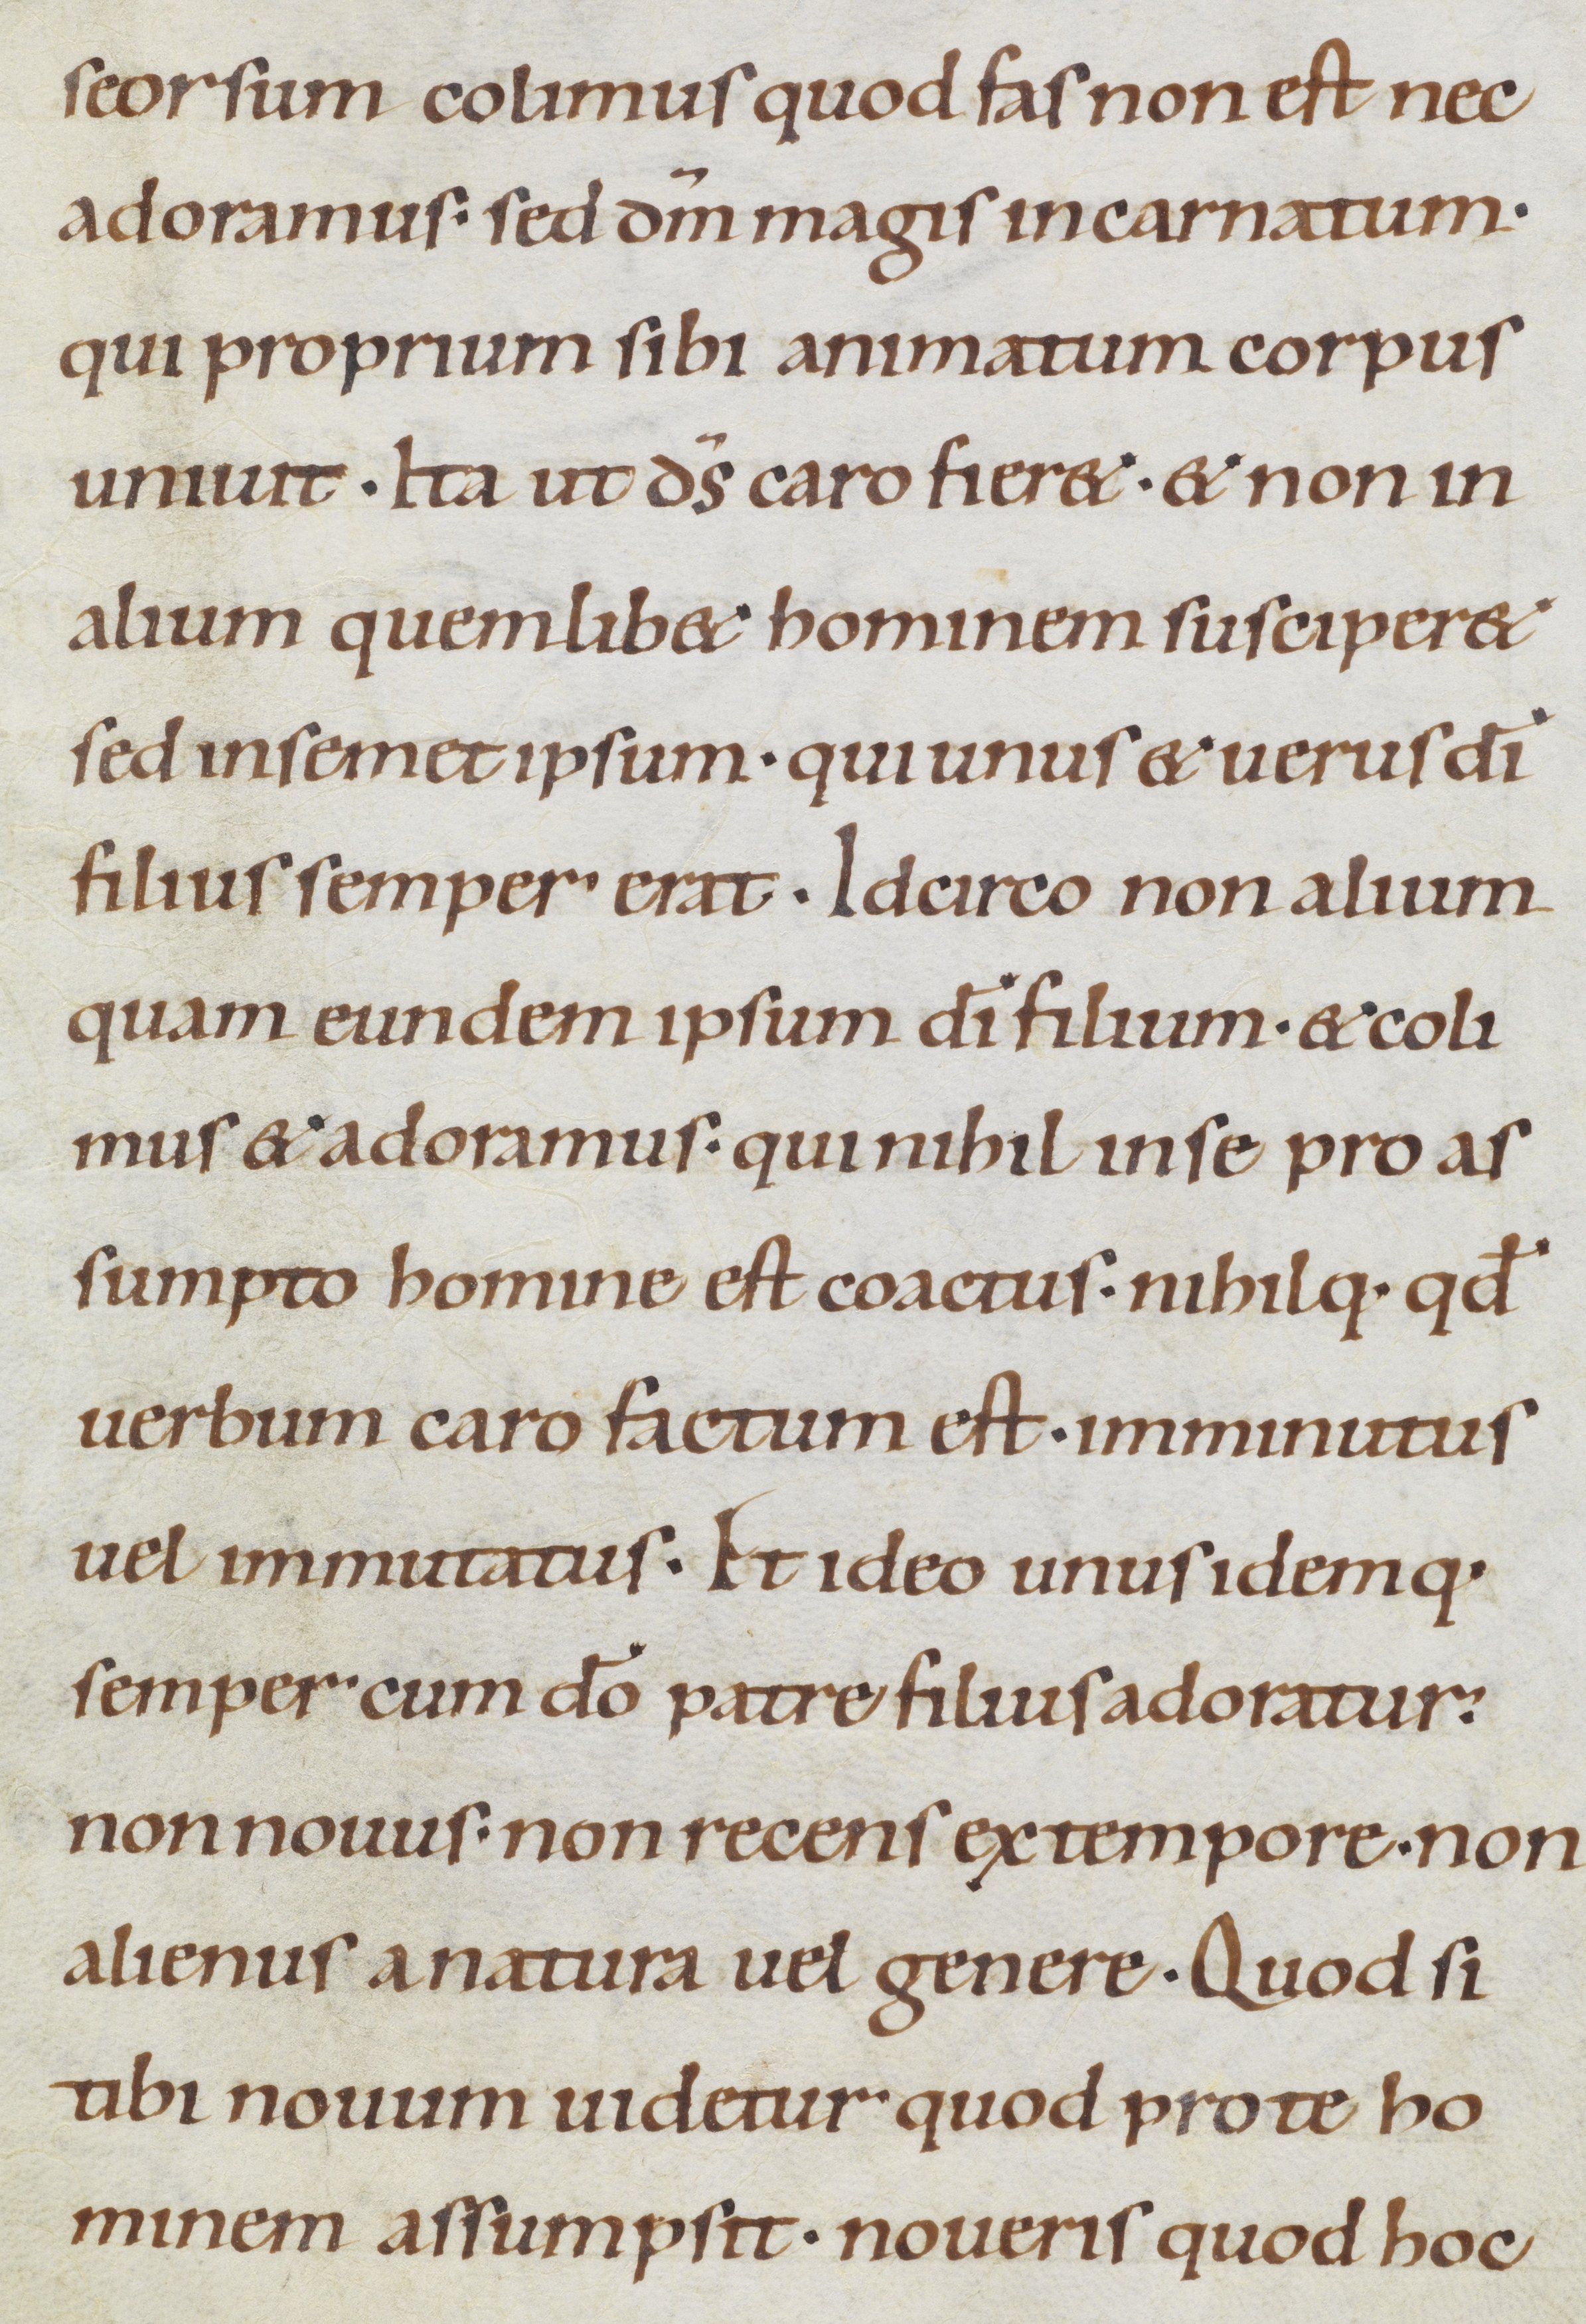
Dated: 1100–1199